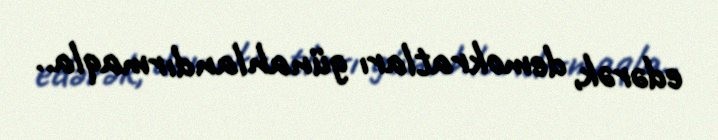
edərək, demokratları günahlandırmaqla..